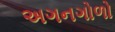
અગનગોળો